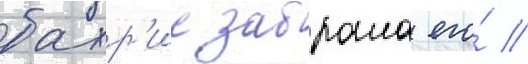
бахр'ие забрала его́ //